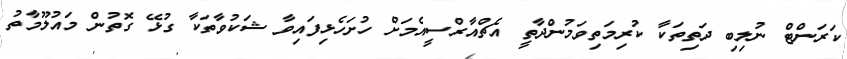
ކަރަންޓް ނުލިބި ދަތިތަކާ ކުރިމަތިވަމުންދާތީ އެޗްއާރްސީއެމަށް ހުށަހެޅިފައިވާ ޝަކުވާތަކާ ގުޅޭ ގޮތުން މައުލޫމާތު